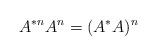
LaTeX: \begin{align*} A^{*n}A^n=(A^*A)^n\end{align*}